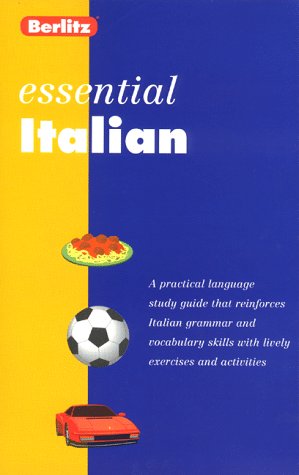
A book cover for Berlitz Essential Italian (Berlitz Essentials); Berlitz Publishing; Reference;